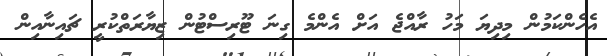
އެހެންކަމުން މިދިޔަ މަހު ރާއްޖެ އަށް އެންމެ ގިނަ ޓޫރިސްޓުން ޒިޔާރަތްކުރީ ޗައިނާއިން